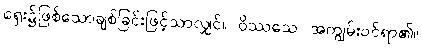
ရှေး၌ဖြစ်သောချစ်ခြင်းဖြင့်သာလျှင်။ ဝိဿသေ၊ အကျွမ်းဝင်ရာ၏။